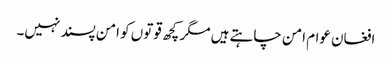
افغان عوام امن چاہتے ہیں مگر کچھ قوتوں کو امن پسند نہیں۔